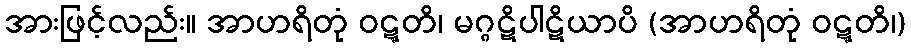
အားဖြင့်လည်း။ အာဟရိတုံ ဝဋ္ဋတိ၊ မဂ္ဂဋိပါဋိယာပိ (အာဟရိတုံ ဝဋ္ဋတိ၊)